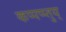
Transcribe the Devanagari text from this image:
कप्पप्प्तुय्